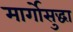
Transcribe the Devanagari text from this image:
मार्गोसुद्धा